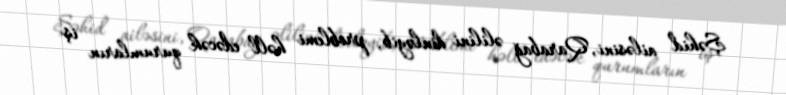
Şəhid ailəsini, Qarabağ əlilini dinləyib, problemi həll edəcək qurumların iş